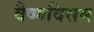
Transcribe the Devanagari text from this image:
वैष्णविसम